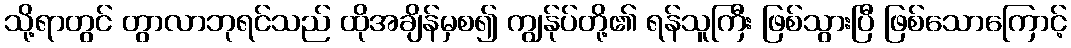
သို့ရာတွင် တွာလာဘုရင်သည် ထိုအချိန်မှစ၍ ကျွန်ုပ်တို့၏ ရန်သူကြီး ဖြစ်သွားပြီ ဖြစ်သောကြောင့်